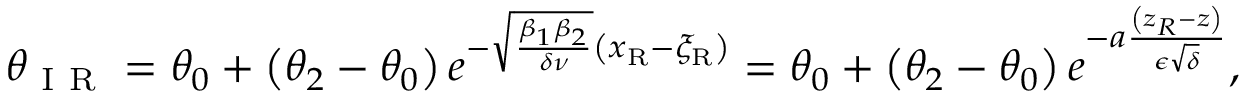
\theta _ { \mathrm { ~ I ~ R ~ } } = \theta _ { 0 } + \left( \theta _ { 2 } - \theta _ { 0 } \right) e ^ { - \sqrt { \frac { \beta _ { 1 } \beta _ { 2 } } { \delta \nu } } \left( x _ { \mathrm { { R } } } - \xi _ { \mathrm { { R } } } \right) } = \theta _ { 0 } + \left( \theta _ { 2 } - \theta _ { 0 } \right) e ^ { - a \frac { \left( z _ { R } - z \right) } { \epsilon \sqrt { \delta } } } ,